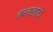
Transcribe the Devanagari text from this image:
तत्वज्ञाचे